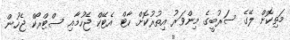
މަތިކޮށް ލޭގެ ސަރުބީގެ މިންވަރު އިތުރުކޮށް ހާޓް އެޓޭކް ޖެހުމާއި ސްޓްރޯކް ޖެހުން